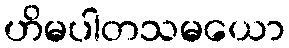
ဟိမပါတသမယော